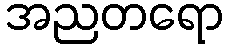
အညတရော